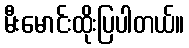
မီးမောင်းထိုးပြပါတယ်။